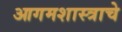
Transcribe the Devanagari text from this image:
आगमशास्त्राचे